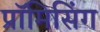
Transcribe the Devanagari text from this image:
प्रॉमिसिंग